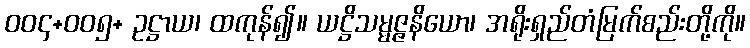
၀၀၄+၀၀၅+ ဥဋ္ဌာယ၊ ထကုန်၍။ ယဋ္ဌိသမ္မဇ္ဇနိယော၊ အရိုးရှည်တံမြက်စည်းတို့ကို။